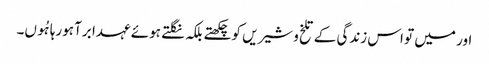
اور میں تو اس زندگی کے تلخ و شیریں کو چکھتے بلکہ نگلتے ہوئے عہدا برآ ہورہا ہُوں۔